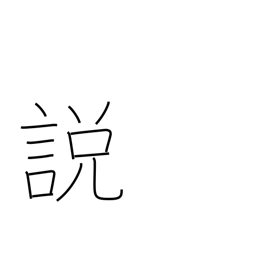
Meaning: theory